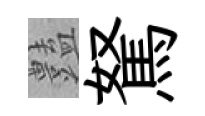
𧰟駑